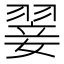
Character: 翣